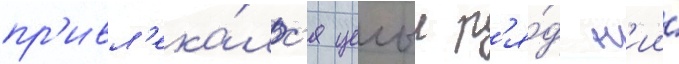
пр'ивл'ека́лс'я целыи р'я́д н'ии́